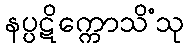
နပ္ပဋိက္ကောသိံသု